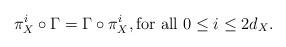
LaTeX: \begin{align*}\pi^i_X\circ \Gamma = \Gamma\circ \pi^i_X, \mbox{for all } 0\leq i \leq2d_X.\end{align*}